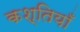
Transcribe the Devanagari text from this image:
कश्तियाँ